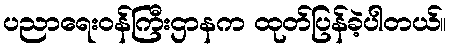
ပညာရေးဝန်ကြီးဌာနက ထုတ်ပြန်ခဲ့ပါတယ်။